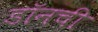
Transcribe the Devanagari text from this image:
डॉनची